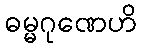
ဓမ္မဂုဏေဟိ